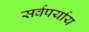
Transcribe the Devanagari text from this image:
सर्वपर्याय